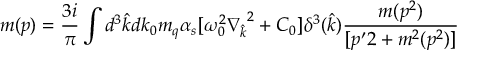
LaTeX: m ( p ) = \frac { 3 i } { \pi } \int d ^ { 3 } { \hat { k } } d k _ { 0 } m _ { q } \alpha _ { s } [ \omega _ { 0 } ^ { 2 } { \nabla _ { \hat { k } } } ^ { 2 } + C _ { 0 } ] \delta ^ { 3 } ( { \hat { k } } ) \frac { m ( p ^ { 2 } ) } { [ p ^ { \prime } 2 + m ^ { 2 } ( p ^ { 2 } ) ] }